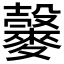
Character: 𪍠